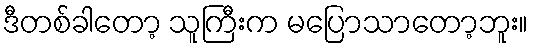
ဒီတစ်ခါတော့ သူကြီးက မပြောသာတော့ဘူး။